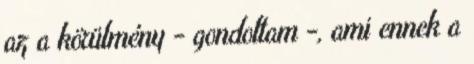
az a körülmény - gondoltam -, ami ennek a